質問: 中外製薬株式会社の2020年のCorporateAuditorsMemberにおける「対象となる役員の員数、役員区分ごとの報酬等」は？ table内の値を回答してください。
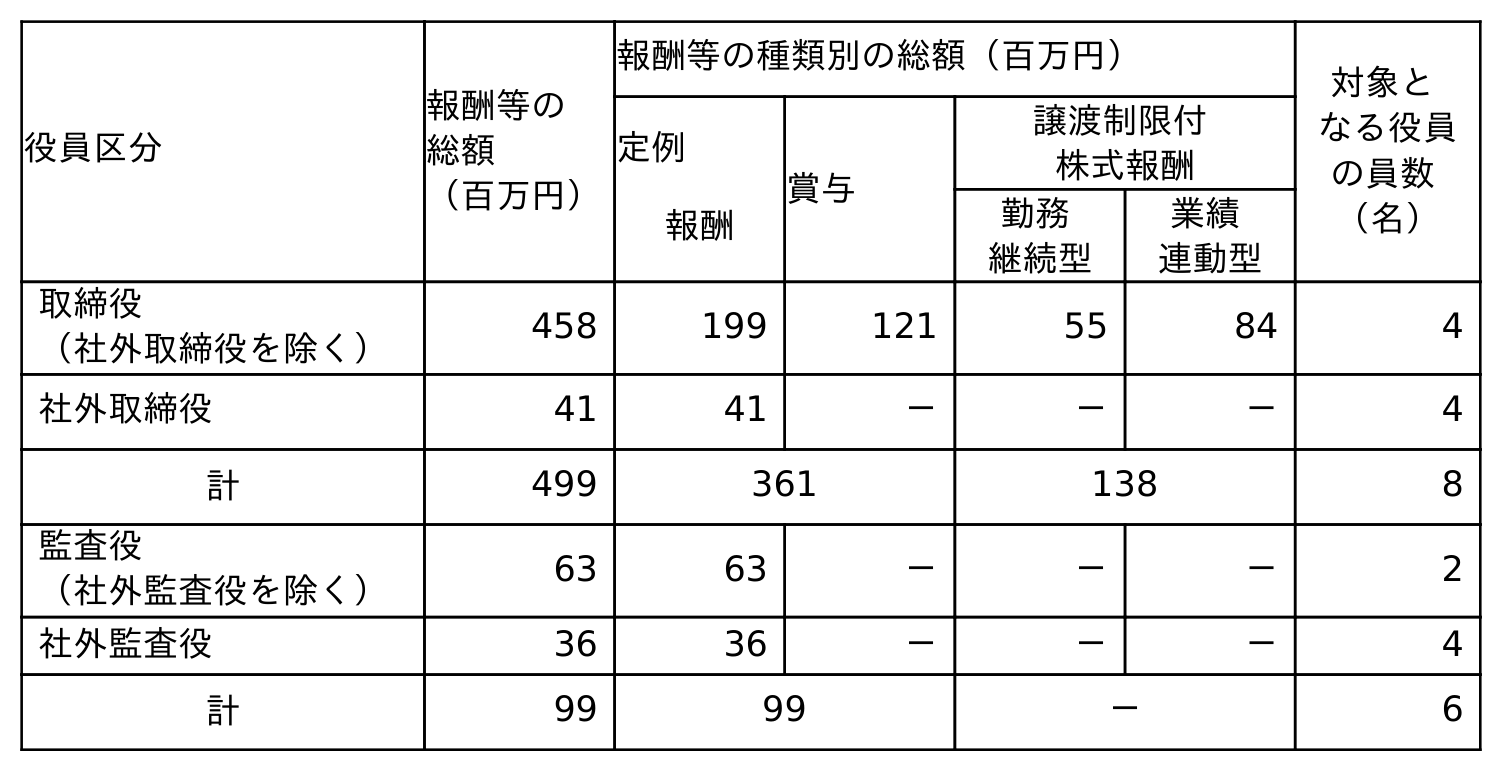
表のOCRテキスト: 役員区分 報酬等の 総額 （百万円） 報酬等の種類別の総額（百万円） 対象と なる役員 の員数 （名） 定例 報酬 賞与 譲渡制限付 株式報酬 勤務 継続型 業績 連動型 取締役 （社外取締役を除く） 458 199 121 55 84 4 社外取締役 41 41 － － － 4 計 499 361 138 8 監査役 （社外監査役を除く） 63 63 － － － 2 社外監査役 36 36 － － － 4 計 99 99 － 6
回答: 6